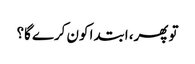
تو پھر، ابتدا کون کرے گا؟